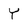
Character: Y